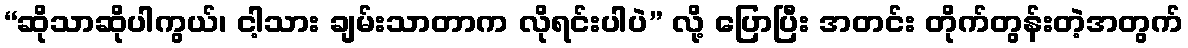
“ဆိုသာဆိုပါကွယ်၊ ငါ့သား ချမ်းသာတာက လိုရင်းပါပဲ” လို့ ပြောပြီး အတင်း တိုက်တွန်းတဲ့အတွက်